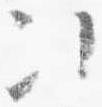
次